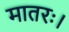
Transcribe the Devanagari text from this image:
मातरः।